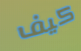
كيف